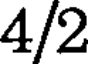
4/2